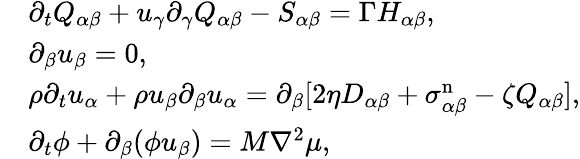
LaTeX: \begin{array}{rl}&{\partial_{t}Q_{\alpha\beta}+u_{\gamma}\partial_{\gamma}Q_{\alpha\beta}-S_{\alpha\beta}=\Gamma H_{\alpha\beta},}\\ &{\partial_{\beta}u_{\beta}=0,}\\ &{\rho\partial_{t}u_{\alpha}+\rho u_{\beta}\partial_{\beta}u_{\alpha}=\partial_{\beta}[2\eta D_{\alpha\beta}+\sigma_{\alpha\beta}^{\mathrm{n}}-\zeta Q_{\alpha\beta}],}\\ &{\partial_{t}\phi+\partial_{\beta}(\phi u_{\beta})=M\nabla^{2}\mu,}\end{array}